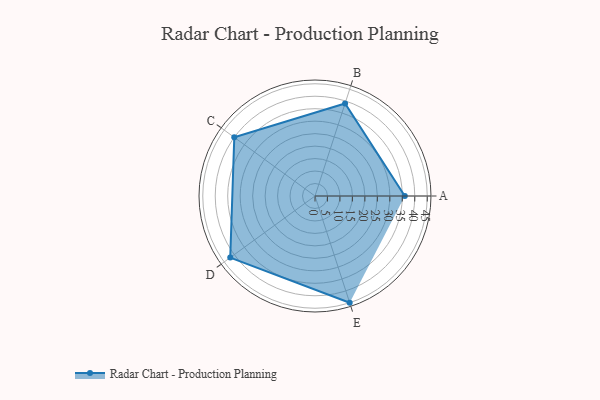
{"axis": {"x": "Skill", "y": "Score"}, "legend": ["Profile"], "data": [{"x": "A", "y": 36.0, "type": "Profile"}, {"x": "B", "y": 39.0, "type": "Profile"}, {"x": "C", "y": 40.0, "type": "Profile"}, {"x": "D", "y": 42.0, "type": "Profile"}, {"x": "E", "y": 45.0, "type": "Profile"}]}